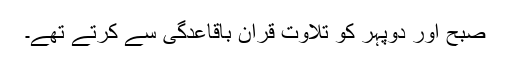
صبح اور دوپہر کو تلاوتِ قرآن باقاعدگی سے کرتے تھے۔